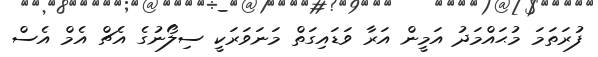
ފުރަތަމަ މުޙައްމަދު އަމީން އަރާ ވަޑައިގަތް މަނަވަރަކީ ސިލޯނުގެ އެޗް އެމް އެސް